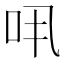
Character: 𠯎